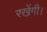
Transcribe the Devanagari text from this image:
रखेंगी।